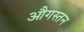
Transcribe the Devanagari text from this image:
औगस्तन